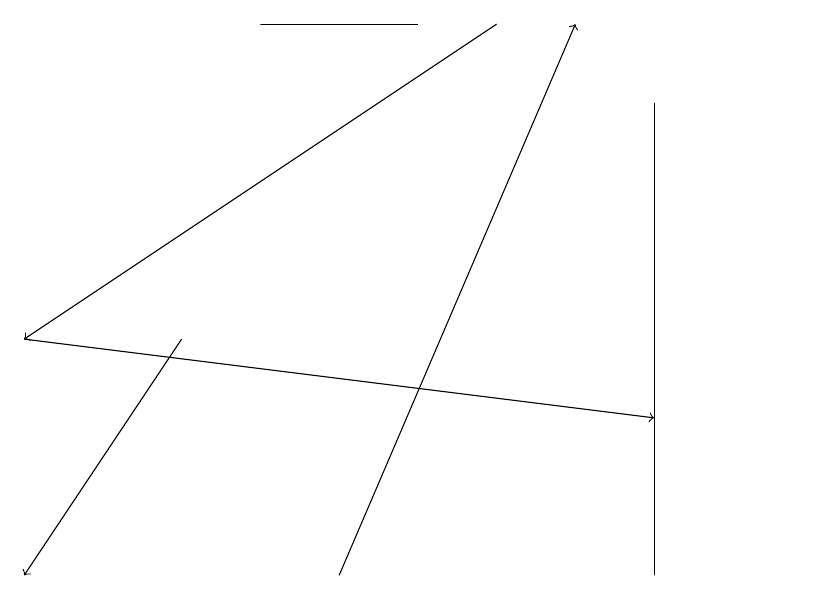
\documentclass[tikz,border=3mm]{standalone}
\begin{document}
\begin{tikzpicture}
\draw[->] (0,14) -- (8,13);
\draw (8,17) rectangle (8,11);
\draw[->] (4,11) -- (7,18);
\draw[->] (6,18) -- (0,14);
\draw (5,18) rectangle (3,18);
\draw[->] (2,14) -- (0,11);
\draw (10,12) circle (0);
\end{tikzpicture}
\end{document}